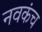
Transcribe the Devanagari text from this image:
नवकंच